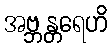
အဗ္ဘန္တရေဟိ